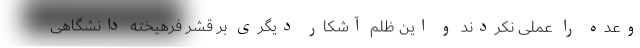
وعده را عملی نکردند و این ظلم آشکار دیگری بر قشر فرهیخته دانشگاهی